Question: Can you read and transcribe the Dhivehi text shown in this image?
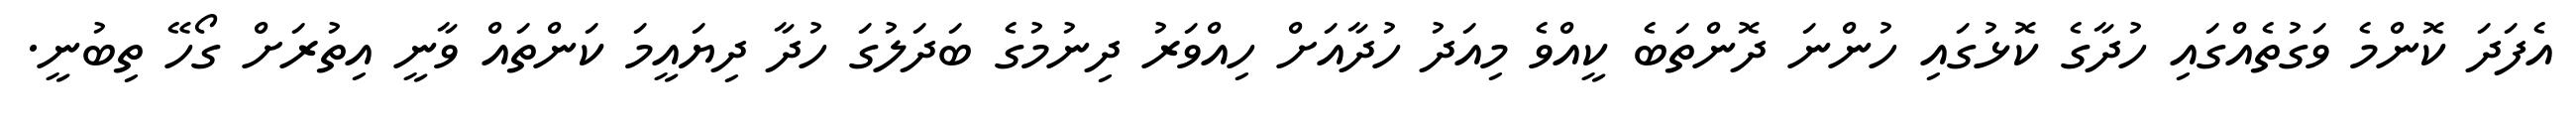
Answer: އެފަދަ ކޮންމެ ވަގުތެއްގައި ހުދާގެ ކޮޅުގައި ހުންނަ ދޮންތަބެ ކީއްވެ މިއަދު ހުދާއަށް ހިއްވަރު ދިނުމުގެ ބަދަލުގަ ހުދާ ދިޔައީމަ ކަންތައް ވާނީ އިތުރަށް ގޯހޭ ތިބުނީ.